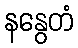
နနွေတံ